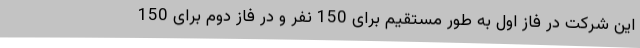
این شرکت در فاز اول به طور مستقیم برای 150 نفر و در فاز دوم برای 150